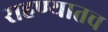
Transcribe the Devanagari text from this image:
राहण्यातच